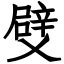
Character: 䢃